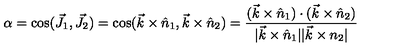
\alpha = \cos ( \vec { J } _ { 1 } , \vec { J } _ { 2 } ) = \cos ( \vec { k } \times \hat { n } _ { 1 } , \vec { k } \times \hat { n } _ { 2 } ) = \frac { ( \vec { k } \times \hat { n } _ { 1 } ) \cdot ( \vec { k } \times \hat { n } _ { 2 } ) } { | \vec { k } \times \hat { n } _ { 1 } | | \vec { k } \times n _ { 2 } | } \nonumber